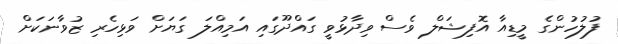
ފުލުހުންގެ މީޑިއާ އޮފިޝަލް ވެސް ވިދާޅުވީ ގައްދޫގައި އަމިއްލަ ގަޔަށް ވަޅިހެރި ޒުވާނަކަށް